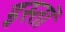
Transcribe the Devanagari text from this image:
इस्तॉ